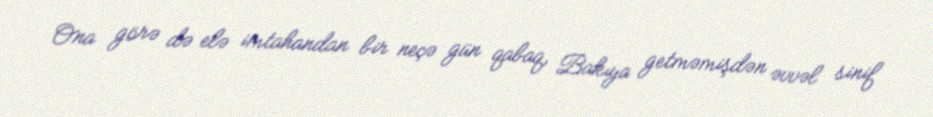
Ona görə də elə imtahandan bir neçə gün qabaq, Bakıya getməmişdən əvvəl sinif